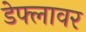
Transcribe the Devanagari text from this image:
डेफ्लावर